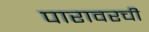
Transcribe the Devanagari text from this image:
पारावरची